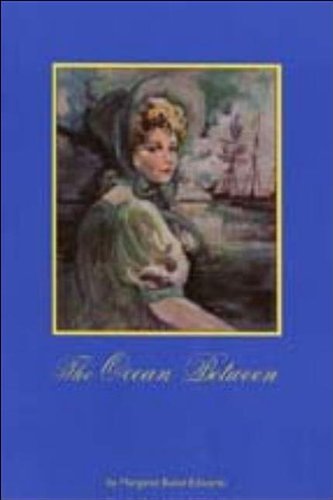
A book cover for The Ocean Between; Margaret Bunel Edwards; Teen & Young Adult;